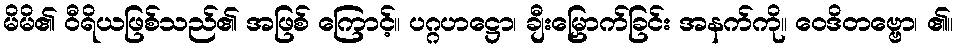
မိမိ၏ ဝီရိယဖြစ်သည်၏ အဖြစ် ကြောင့်။ ပဂ္ဂဟဋ္ဌော၊ ချီးမြှောက်ခြင်း အနက်ကို။ ဝေဒိတဗ္ဗော၊ ၏။